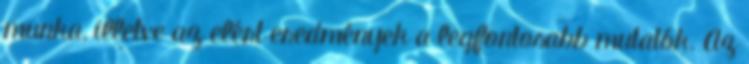
munka, illetve az elért eredmények a legfontosabb mutatók. Az